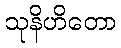
သုနိဟိတော